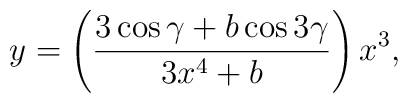
y=\left(\frac{3\cos\gamma+b\cos 3\gamma}{3x^4+b}\right)x^3,